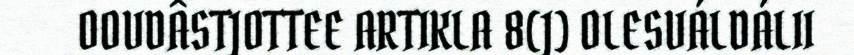
OOVDÂSTJOTTEE ARTIKLA 8(J) OLESVÁLDÁLII